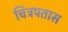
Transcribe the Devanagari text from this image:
चित्रपतास